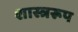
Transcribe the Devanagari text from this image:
शास्त्ररूप